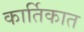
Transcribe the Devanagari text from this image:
कार्तिकात